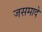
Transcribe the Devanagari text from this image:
जसमादे